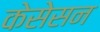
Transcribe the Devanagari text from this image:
केसेसन